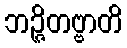
ဘဉ္ဇိတဗ္ဗာတိ